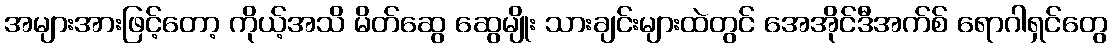
အများအားဖြင့်တော့ ကိုယ့်အသိ မိတ်ဆွေ ဆွေမျိုး သားချင်းများထဲတွင် အေအိုင်ဒီအက်စ် ရောဂါရှင်တွေ